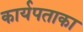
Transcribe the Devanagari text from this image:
कार्यपताका